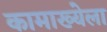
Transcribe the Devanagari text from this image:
कामाख्येला